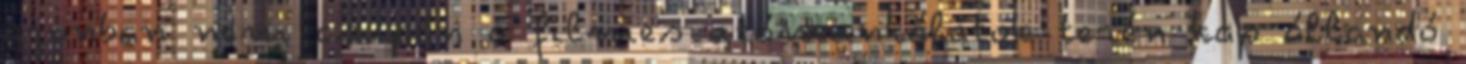
azonban nem csupán a filmes utómunkálatok terén kap állandó